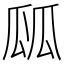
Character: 㼌